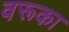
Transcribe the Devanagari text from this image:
वरूका